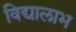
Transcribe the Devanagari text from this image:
विद्यालाभ